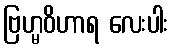
ဗြဟ္မဝိဟာရ လေးပါး